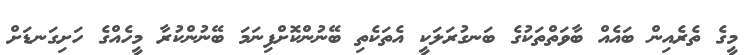
މީގެ ތެރެއިން ބައެއް ބާވަތްތަކުގެ ބަނގުރަލަކީ އެތަކެތި ބޭނުންކޮށްފިނަމަ ބޭނުންކުރާ މީހެއްގެ ހަށިގަނޑަށް